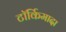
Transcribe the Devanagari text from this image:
टॉर्किमादा